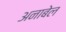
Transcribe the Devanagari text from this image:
अनाबेल